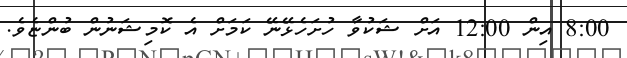
8:00 އިން 12:00 އަށް ޝަކުވާ ހުށަހެޅޭނޭ ކަމަށް އެ ކޮމިޝަނުން ބުންޏެވެ.